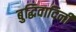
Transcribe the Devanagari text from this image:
बुद्धिवादिनी